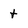
Character: t